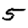
Digit: 5